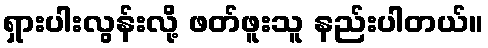
ရှားပါးလွန်းလို့ ဖတ်ဖူးသူ နည်းပါတယ်။